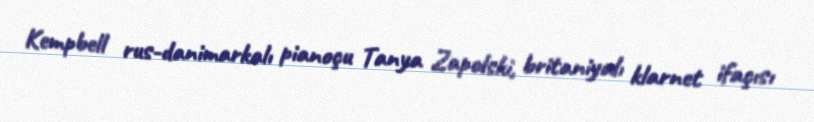
Kempbell rus-danimarkalı pianoçu Tanya Zapolski, britaniyalı klarnet ifaçısı